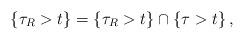
LaTeX: \begin{align*} \left\{ \tau_R > t \right\} = \left\{ \tau_R > t \right\} \cap \left\{ \tau > t \right\} ,\end{align*}